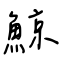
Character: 鯨